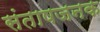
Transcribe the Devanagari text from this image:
संताषजनक